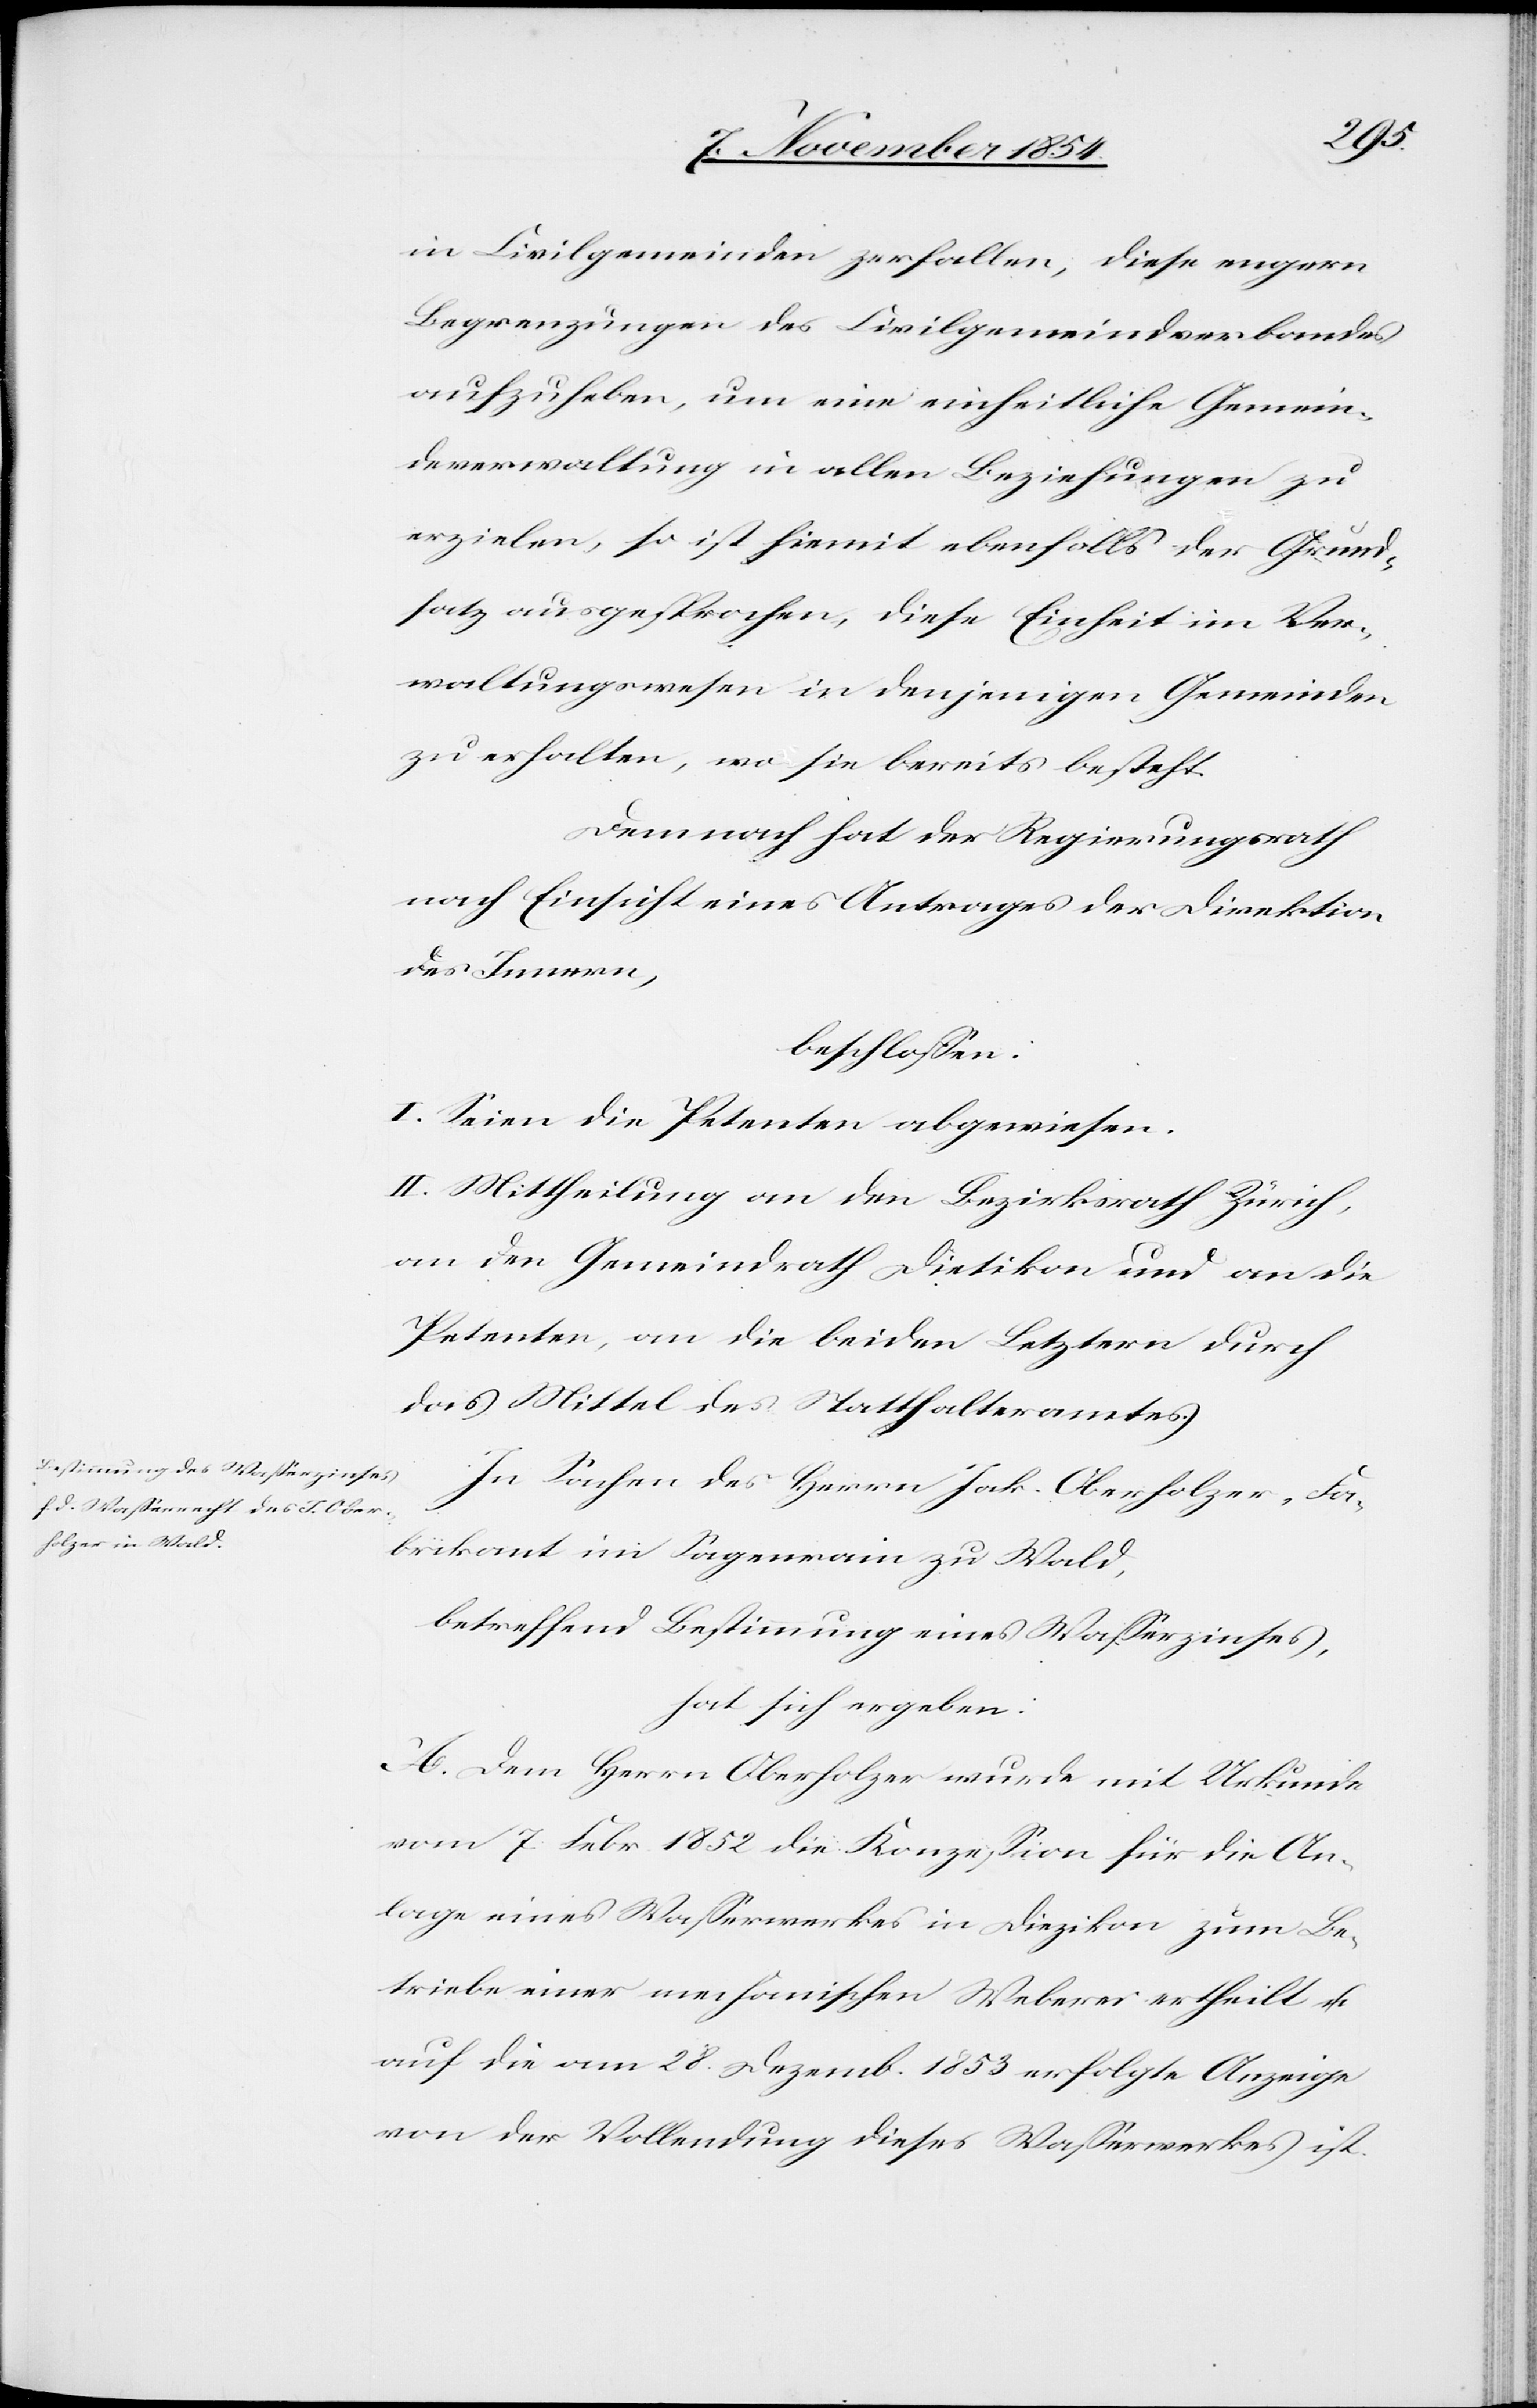
in Civilgemeinden zerfallen, diese engern
Begrenzungen des Civilgemeindverbandes
aufzuheben, um eine einheitliche Gemein¬
deverwaltung in allen Beziehungen zu
erzielen, so ist hiemit ebenfalls der Grund¬
satz ausgesprochen, diese Einheit im Ver¬
waltungswesen in denjenigen Gemeinden
zu erhalten, wo sie bereits besteht.
Demnach hat der Regierungsrath
nach Einsicht eines Antrages der Direktion
des Innern,
beschloßen:
I. Seien die Petenten abgewiesen.
II. Mittheilung an den Bezirksrath Zürich,
an den Gemeindrath Dietikon und an die
Petenten, an die beiden Letztern durch
das Mittel des Statthalteramtes.
In Sachen des Herrn Jak. Oberholzer, Fa¬
brikant im Sagenrain zu Wald,
betreffend Bestimmung eines Waßerzinses,
hat sich ergeben:
A. Dem Herrn Oberholzer wurde mit Urkunde
vom 7. Febr. 1852 die Konzeßion für die An¬
lage eines Waßerwerkes in Diezikon zum Be¬
treibe einer mechanischen Weberei ertheilt u.
auf die am 28. Dezemb. 1853 erfolgte Anzeige
von der Vollendung dieses Waßerwerkes ist